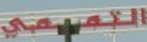
التميمي